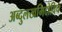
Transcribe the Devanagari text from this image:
अब्दुलखमिदोविच